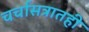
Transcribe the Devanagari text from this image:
चर्चासत्रातही